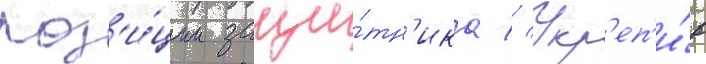
поз'и́ции защи́тн'ика // Укр'еп'и́в